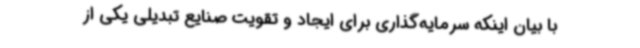
با بیان اینکه سرمایه‌گذاری برای ایجاد و تقویت صنایع تبدیلی یکی از